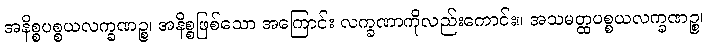
အနိစ္စပစ္စယလက္ခဏဉ္စ၊ အနိစ္စဖြစ်သော အကြောင်း လက္ခဏာကိုလည်းကောင်း။ အသမတ္ထပစ္စယလက္ခဏဉ္စ၊